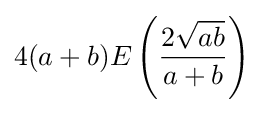
4(a+b)E\left({{2{\sqrt {ab}}} \over a+b}\right)